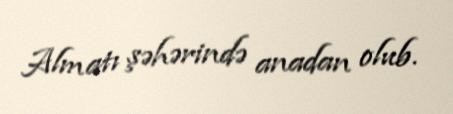
Almatı şəhərində anadan olub.